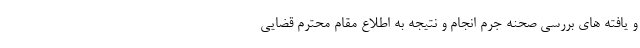
و یافته های بررسی صحنه جرم انجام و نتیجه به اطلاع مقام محترم قضایی